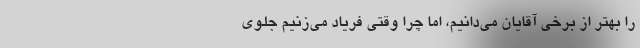
را بهتر از برخی آقایان می‌دانیم، اما چرا وقتی فریاد می‌زنیم جلوی